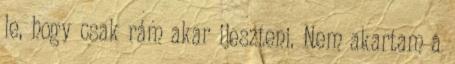
le, hogy csak rám akar ijeszteni. Nem akartam a